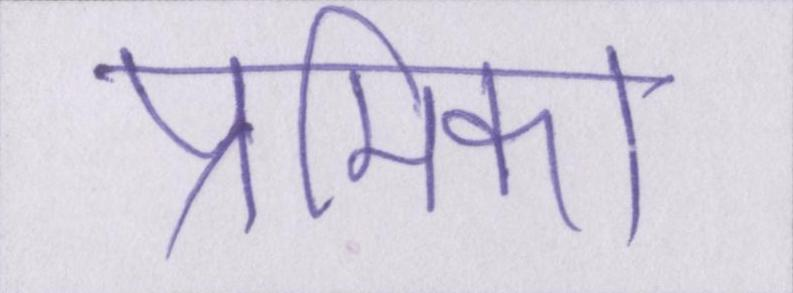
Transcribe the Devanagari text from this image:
प्रेमिका